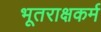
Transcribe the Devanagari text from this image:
भूतराक्षकर्म